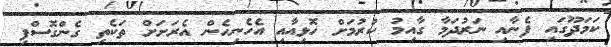
ކަމަދޫގައި ފެނާއި ނަރުދަމާ ގާއިމު ކުރުމަށް ހޮޅިއާއި އެހެނިހެން އެރަަށަށް ތަކެތި ގެންގޮސްފި